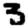
Digit: 3